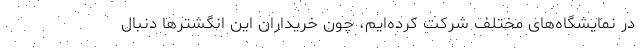
در نمایشگاه‌های مختلف شرکت کرده‌ایم، چون خریداران این انگشترها دنبال